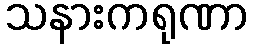
သနားကရုဏာ